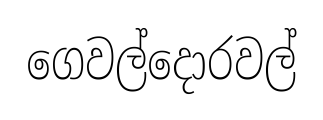
ගෙවල්දොරවල්